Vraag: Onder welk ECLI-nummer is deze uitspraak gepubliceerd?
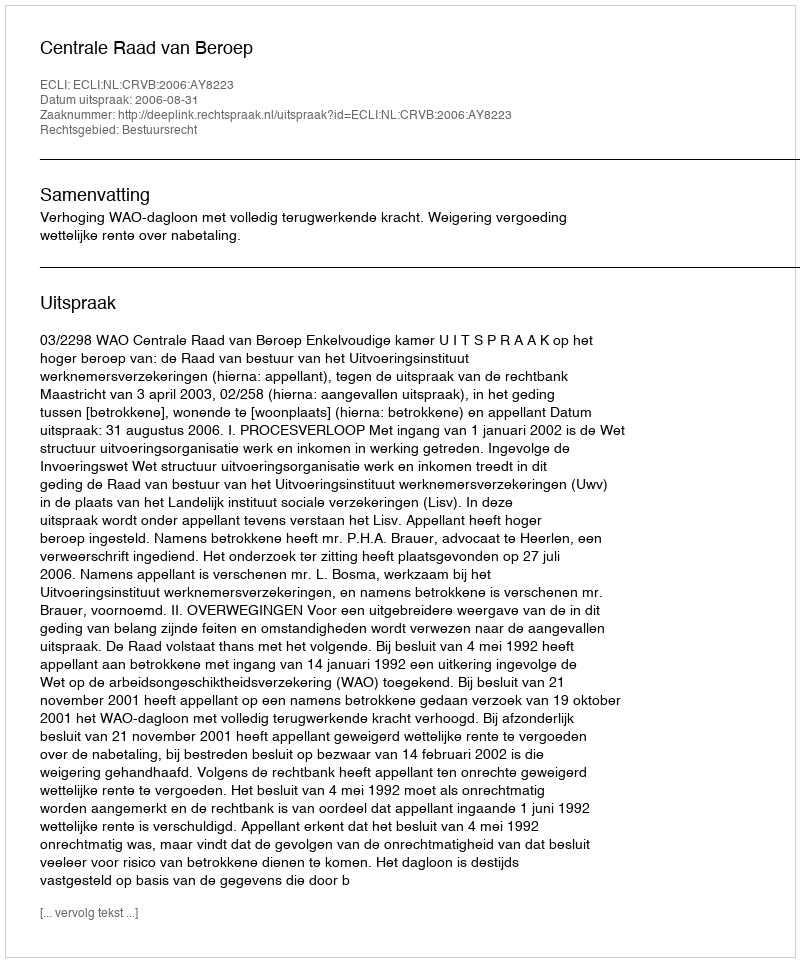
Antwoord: ECLI:NL:CRVB:2006:AY8223